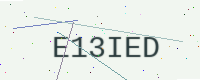
Text: E13IED